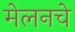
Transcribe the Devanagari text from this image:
मेलनचे